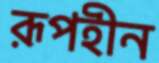
রূপহীন